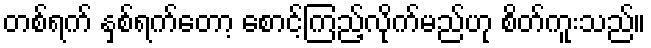
တစ်ရက် နှစ်ရက်တော့ စောင့်ကြည့်လိုက်မည်ဟု စိတ်ကူးသည်။